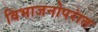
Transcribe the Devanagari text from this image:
विभाजनोपरांत